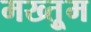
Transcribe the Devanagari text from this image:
मख्तुूम